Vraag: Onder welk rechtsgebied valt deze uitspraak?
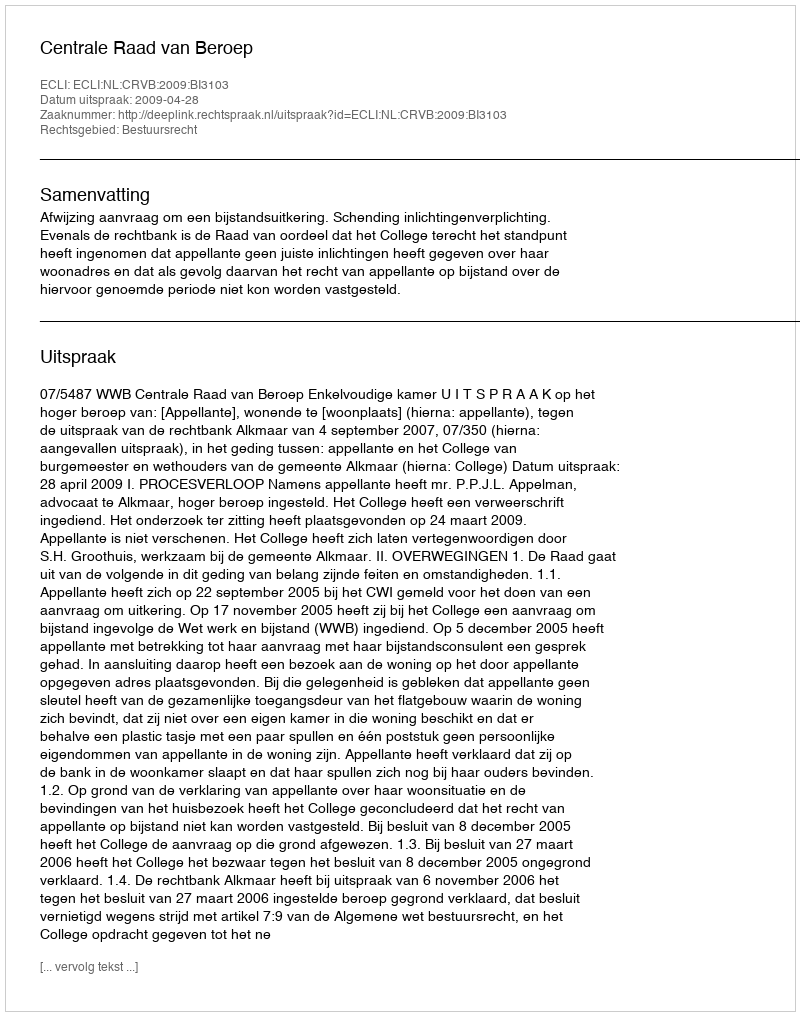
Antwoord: Bestuursrecht